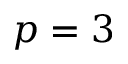
p = 3